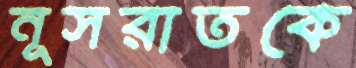
নূসরাতকে